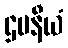
ဌပနီယံ